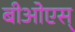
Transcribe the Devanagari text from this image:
बीओएस्